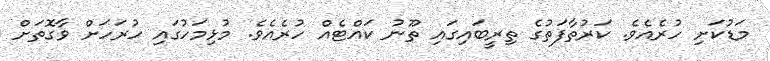
މަޑުކަށި ހުރެއެވެ. ކަރުތާފަތުގެ ތިރީބައިގައި ތޫނު ކައްޓެއް ހުރެއެވެ. މުޅިމަހުގައި ހުރަހަށް ވާގޮތަށް